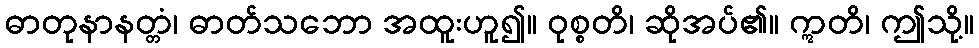
ဓာတုနာနတ္တံ၊ ဓာတ်သဘော အထူးဟူ၍။ ဝုစ္စတိ၊ ဆိုအပ်၏။ ဣတိ၊ ဤသို့။